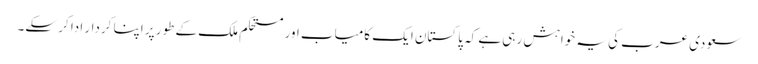
سعودی عرب کی یہ خواہش رہی ہے کہ پاکستان ایک کامیاب اور مستحکم ملک کے طور پر اپنا کردار ادا کر سکے۔